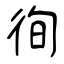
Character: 徇